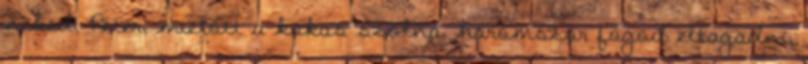
neked, Péter, mielőtt a kakas szólna, háromszor fogod eltagadni,